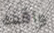
واقفه